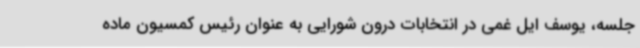
جلسه، یوسف ایل غمی در انتخابات درون شورایی به عنوان رئیس کمسیون ماده